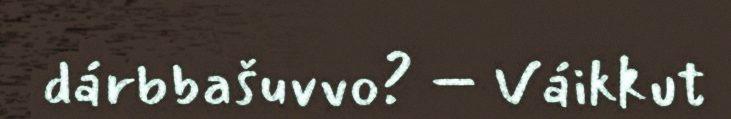
dárbbašuvvo? – Váikkut